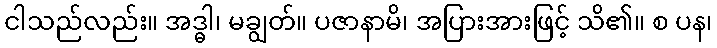
ငါသည်လည်း။ အဒ္ဓါ၊ မချွတ်။ ပဇာနာမိ၊ အပြားအားဖြင့် သိ၏။ စ ပန၊